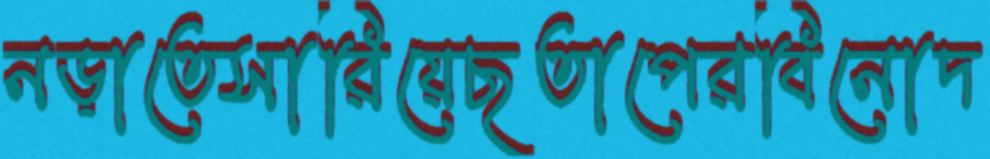
নড়াতেসারিয়েছতাপেরবিনোদ